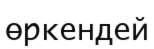
өркендей